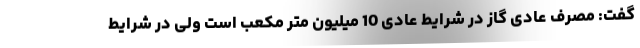
گفت: مصرف عادی گاز در شرایط عادی 10 میلیون متر مکعب است ولی در شرایط